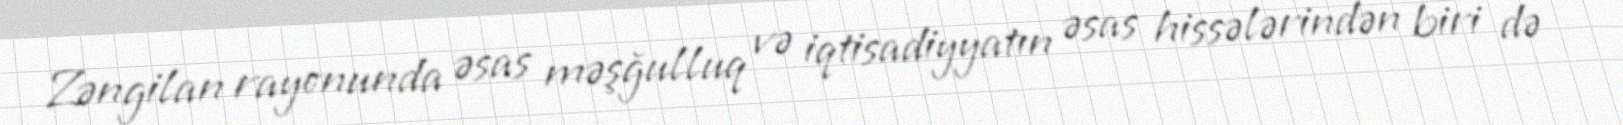
Zəngilan rayonunda əsas məşğulluq və iqtisadiyyatın əsas hissələrindən biri də